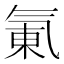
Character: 氭